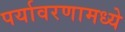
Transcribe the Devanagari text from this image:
पर्यावरणामध्ये